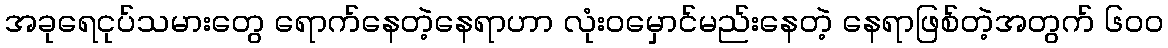
အခုရေငုပ်သမားတွေ ရောက်နေတဲ့နေရာဟာ လုံးဝမှောင်မည်းနေတဲ့ နေရာဖြစ်တဲ့အတွက် ၆၀၀